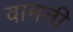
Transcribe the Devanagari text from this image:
वामनी